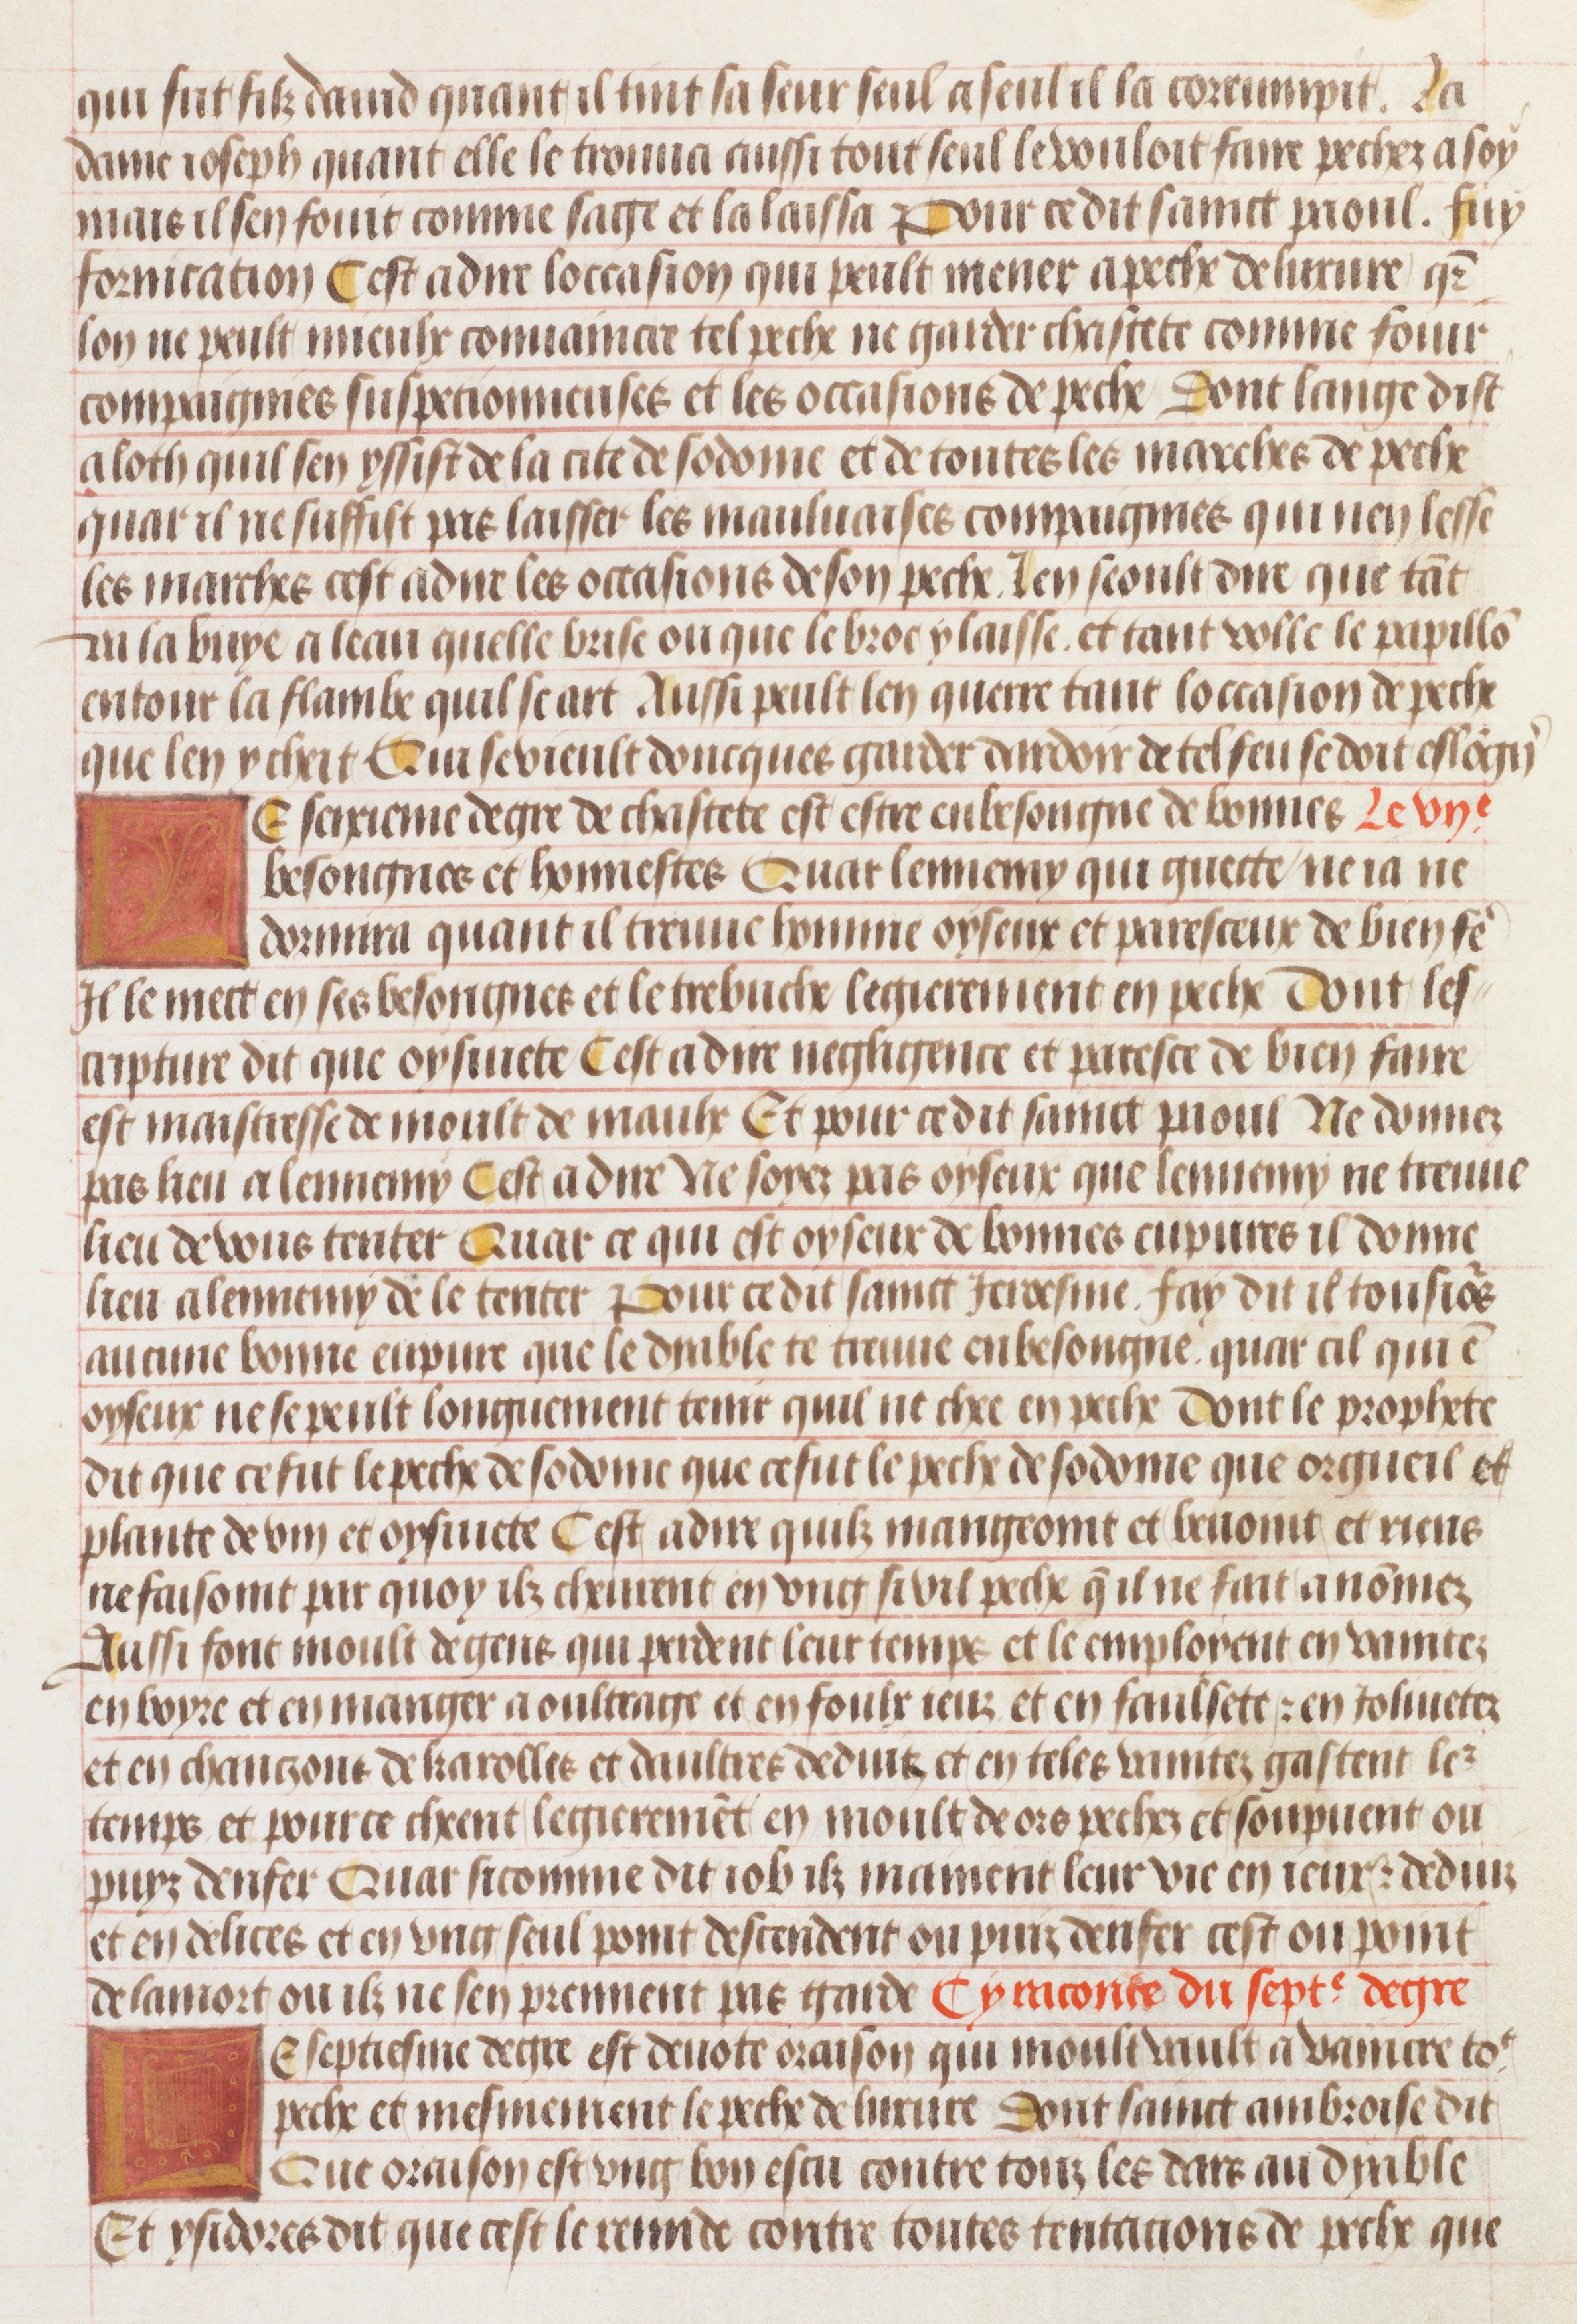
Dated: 1450–1475